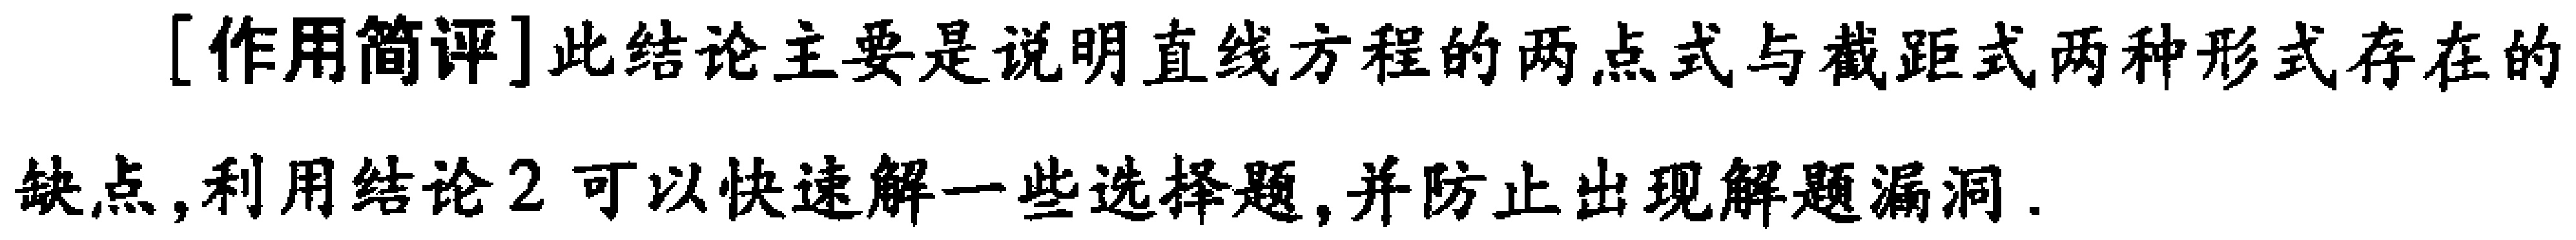
[作用简评]此结论主要是说明直线方程的两点式与截距式两种形式存在的
缺点,利用结论2可以快速解一些选择题,并防止出现解题漏洞.